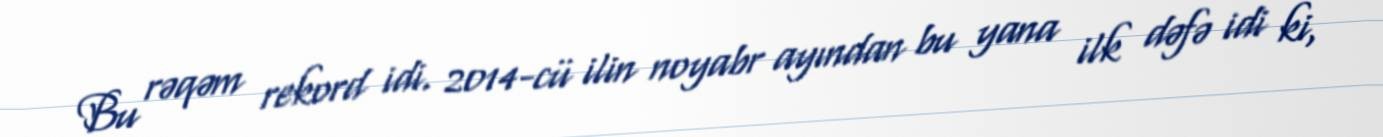
Bu rəqəm rekord idi. 2014-cü ilin noyabr ayından bu yana ilk dəfə idi ki,